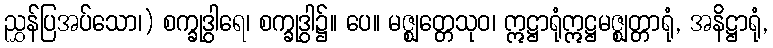
ညွှန်ပြအပ်သော၊) စက္ခုဒွါရေ၊ စက္ခုဒွါ၌။ ပေ။ မဇ္ဈတ္တေသုဝ၊ ဣဋ္ဌာရုံဣဋ္ဌမဇ္ဈတ္တာရုံ, အနိဋ္ဌာရုံ,